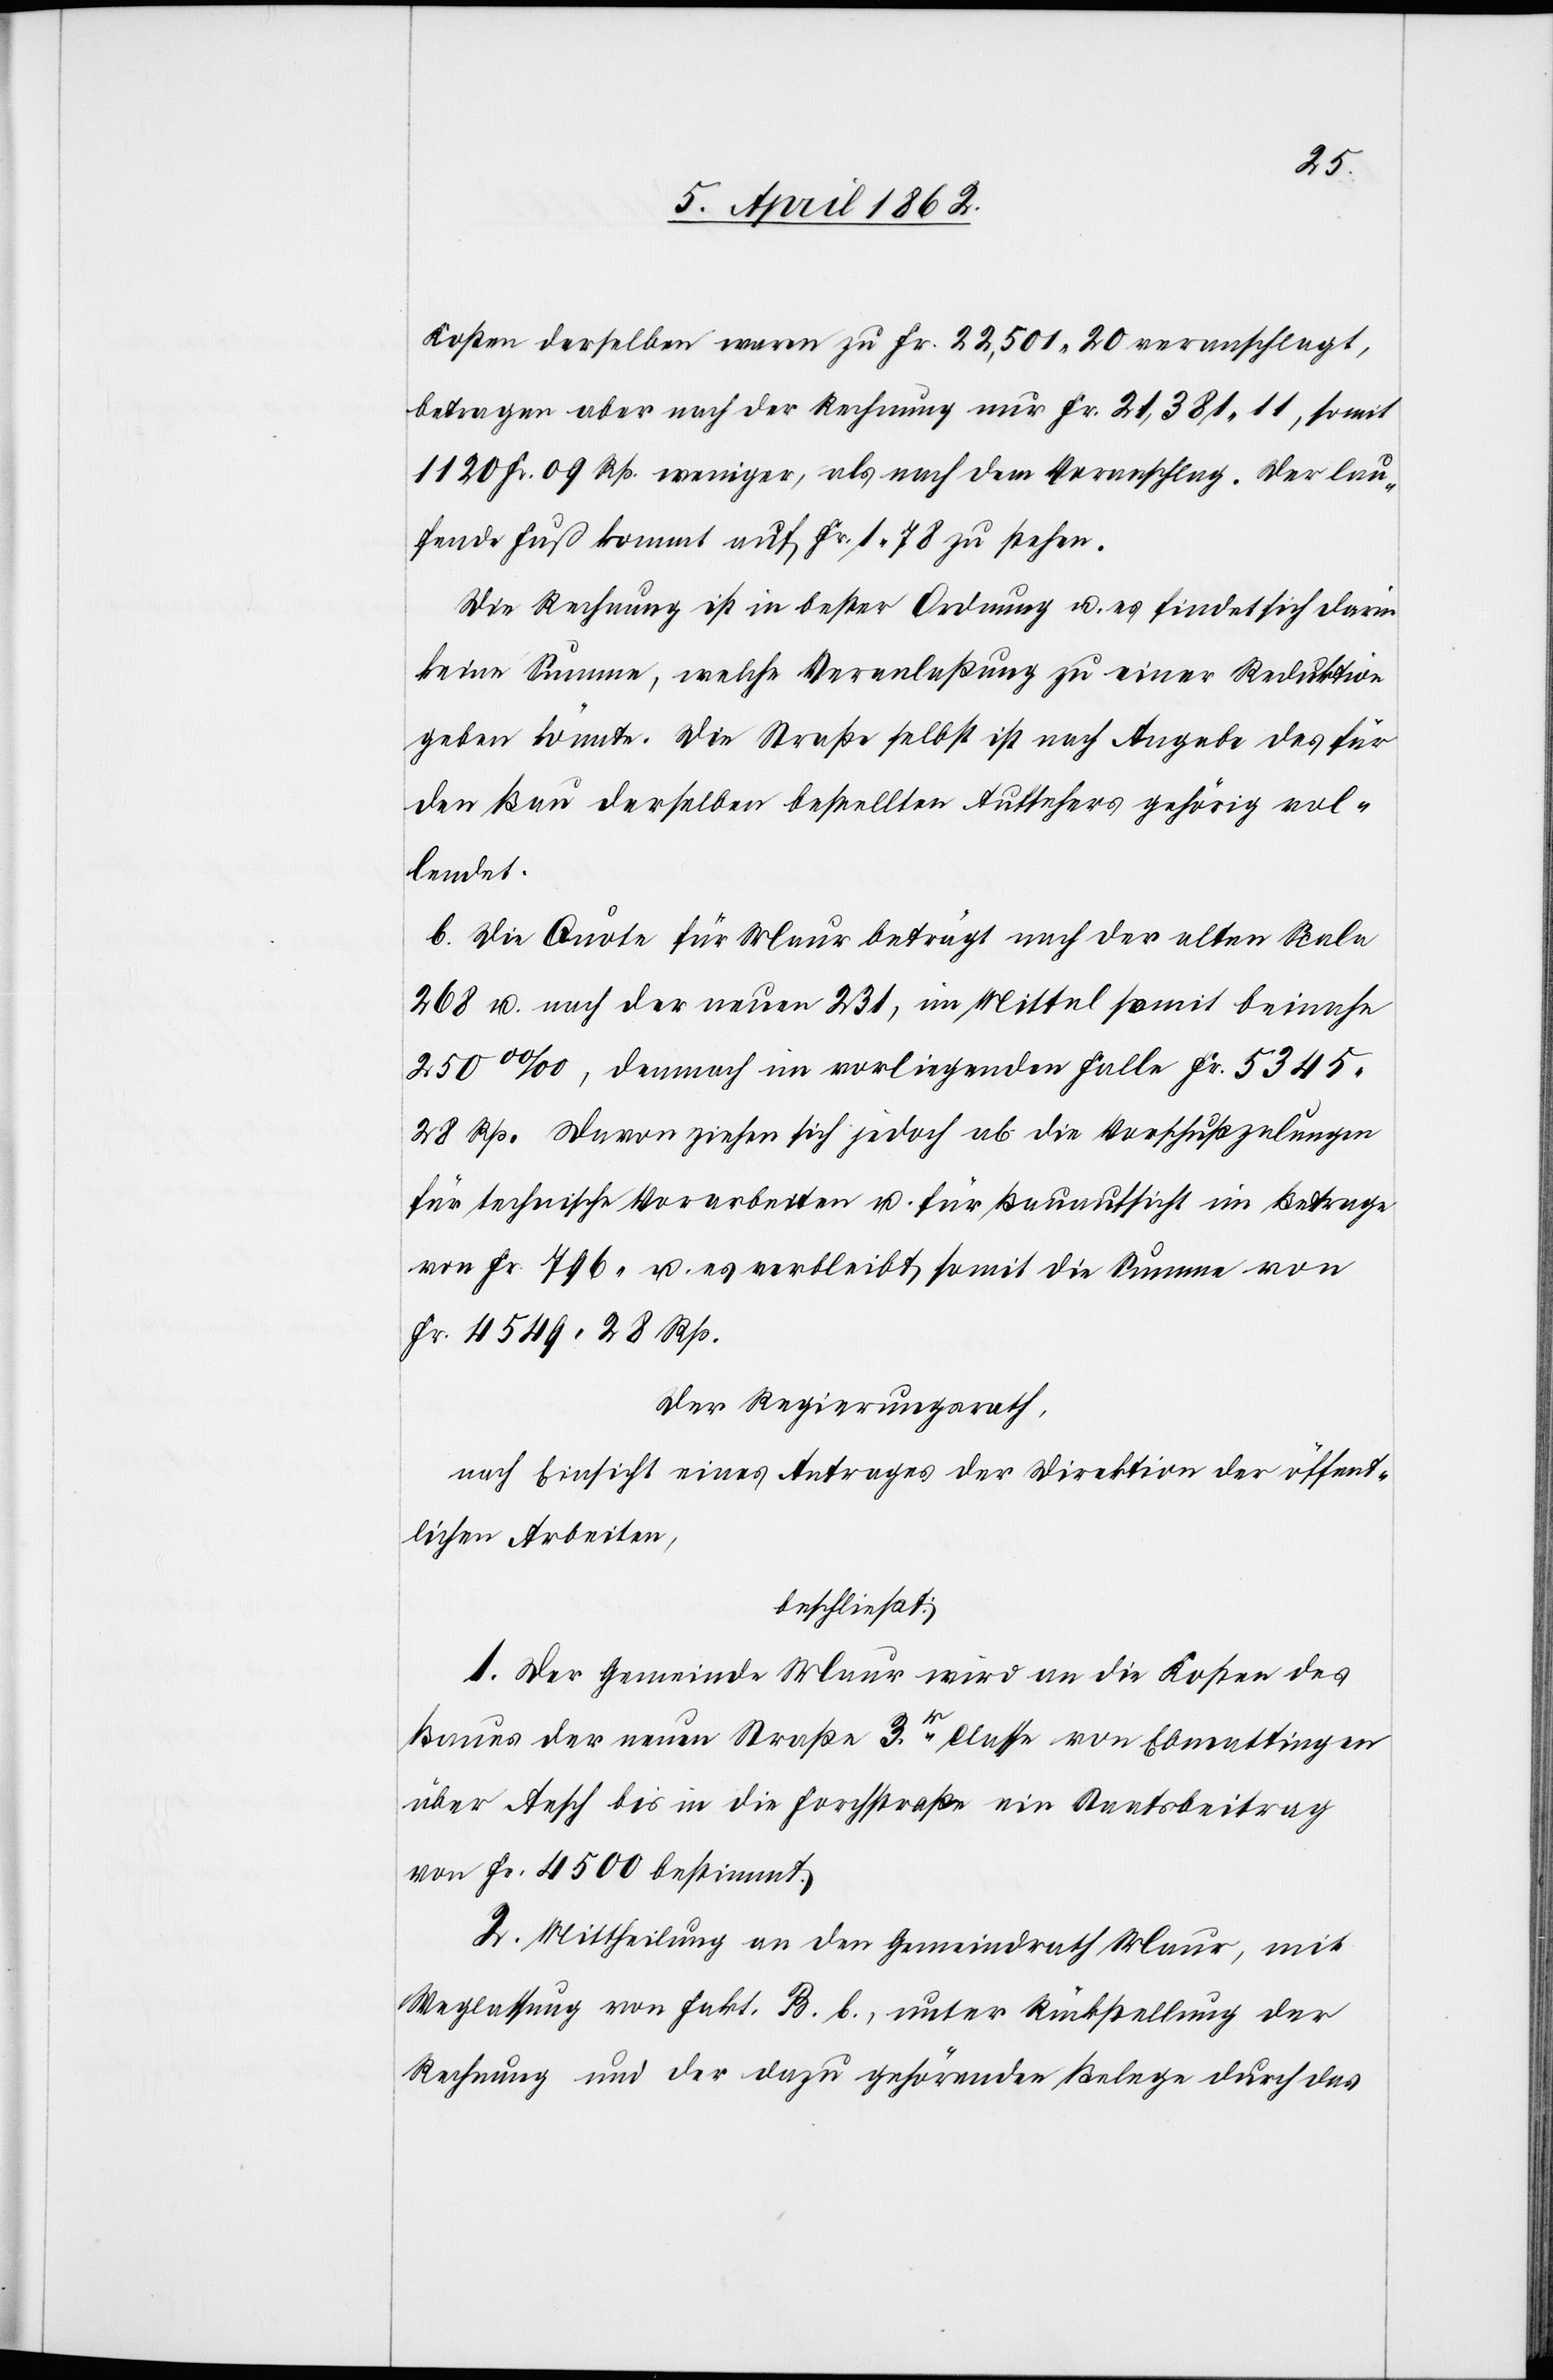
Kosten derselben waren zu Fr. 22,501. 20 veranschlagt,
betragen aber nach der Rechnung nur Fr. 21,381. 11, somit
1120 Fr. 09 Rp. weniger, als nach dem Voranschlag. Der lau¬
fende Fuß kommt auf Fr. 1. 78 zu stehen.
Die Rechnung ist in bester Ordnung u. es findet sich darin
keine Summe, welche Veranlaßung zu einer Reduktion
geben könnte. Die Straße selbst ist nach Angabe des für
den Bau derselben bestellten Aufsehers gehörig vol¬
lendet.
b. Die Quote für Maur beträgt nach der alten Skala
268 u. nach der neuen 231, im Mittel somit beinahe
‰], demnach im vorliegenden Falle Fr. 5345
28 Rp. Davon ziehen sich jedoch ab die Vorschussza[h]lungen
für technische Vorarbeiten u. für Bauaufsicht im Betrage
von Fr. 796 u. es verbleibt somit die Summe von
Fr. 4549 28 Rp.
Der Regierungsrath,
nach Einsicht eines Antrages der Direktion der öffent¬
lichen Arbeiten,
beschließt:
1. Der Gemeinde Maur wird an die Kosten des
Baues der neuen Straße 3r. Classe von Ebmattingen
über Aesch bis in die Forchstraße ein Staatsbeitrag
von Fr. 4500 bestimmt.
2. Mittheilung an den Gemeindrath Maur, mit
Weglassung von Fakt. B. b., unter Rückstellung der
Rechnung und der dazu gehörenden Belege durch das